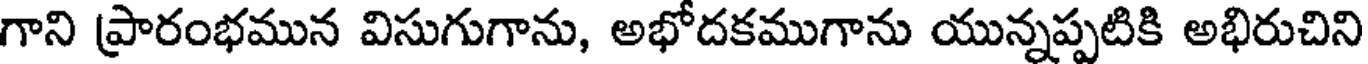
గాని ప్రారంభమున విసుగుగాను, అభోదకముగాను యున్నప్పటికి అభిరుచిని